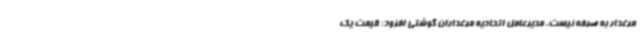
مرغدار به صرفه نیست. مدیرعامل اتحادیه مرغداران گوشتی افزود: قیمت یک